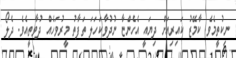
ނިކުތީމެވެ. ކާމޭޒު ކައިރިއަށް ދިޔައީ އެހެންޏާ ނުދުވާކަހަލަ ތަފާތު މީރުވަހެއް ދުވާތީއެވެ. ދެލޯ